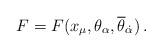
LaTeX: \begin{align*}F = F(x_{\mu}, \theta_{\alpha}, {\overline \theta}_{\dot \alpha})\, .\end{align*}